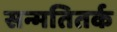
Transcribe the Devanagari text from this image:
सन्मतितर्क